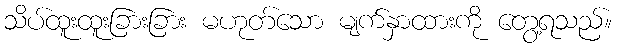
သိပ်ထူးထူးခြားခြား မဟုတ်သော မျက်နှာထားကို တွေ့ရသည်။